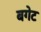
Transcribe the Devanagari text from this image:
बगेट